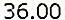
36.00